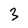
Character: 3